Vaccination report Assam 1874-1896 - 1874-1896
Year: 1874
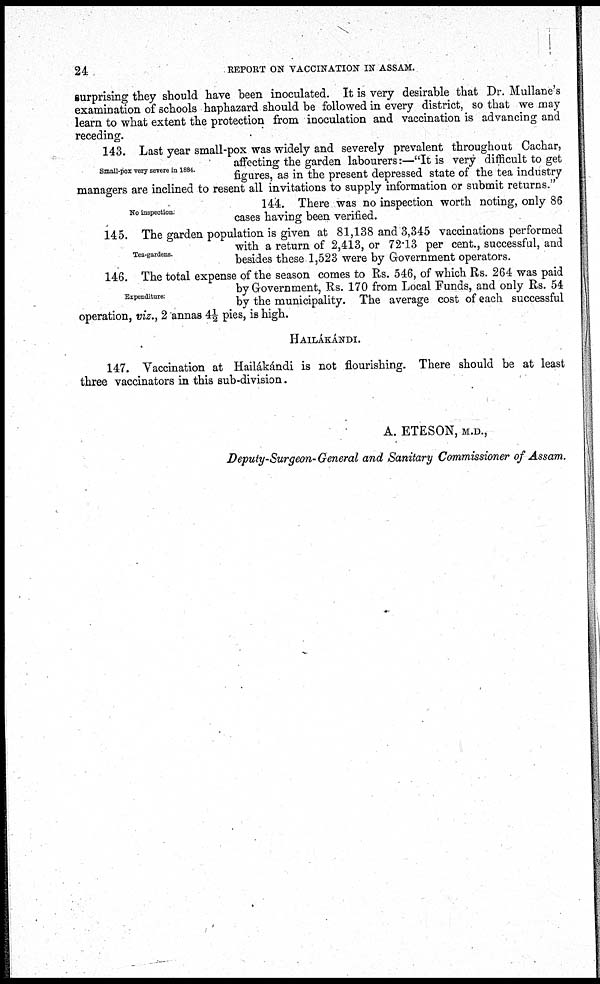
24
REPORT ON VACCINATION IN ASSAM.
surprising they should have been inoculated. It is very desirable that Dr. Mullane's
examination of schools haphazard should be followed in every district, so that we may
learn to what extent the protection from inoculation and vaccination is advancing and
receding.
Small-pox very severe in 1884.
143. Last year small-pox was widely and severely prevalent throughout Cachar,
affecting the garden labourers:—"It is very difficult to get
figures, as in the present depressed state of the tea industry
managers are inclined to resent all invitations to supply information or submit returns."
No inspection.
144. There was no inspection worth noting, only 86
cases having been verified.
Tea-gardens.
145. The garden population is given at 81,138 and 3,345 vaccinations performed
with a return of 2,413, or 72.13 per cent., successful, and
besides these 1,523 were by Government operators.
Expenditure.
146. The total expense of the season comes to Rs. 546, of which Rs. 264 was paid
by Government, Rs. 170 from Local Funds, and only Rs. 54
by the municipality. The average cost of each successful
operation, viz., 2 annas 4½ pies, is high.
HAILÁKÁNDI.
147. Vaccination at Hailákándi is not flourishing. There should be at least
three vaccinators in this sub-division.
A. ETESON, M.D.,
Deputy-Surgeon- General and Sanitary Commissioner of Assam.